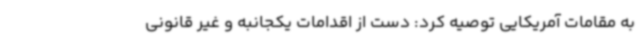
به مقامات آمریکایی توصیه کرد: دست از اقدامات یکجانبه و غیر قانونی